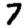
Digit: 7